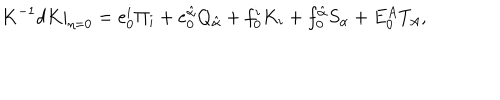
K ^ { - 1 } d K | _ { \eta = 0 } = e _ { 0 } ^ { i } \Pi _ { i } + e _ { 0 } ^ { \hat { \alpha } } Q _ { \hat { \alpha } } + f _ { 0 } ^ { i } K _ { i } + f _ { 0 } ^ { \hat { \alpha } } S _ { \alpha } + E _ { 0 } ^ { A } T _ { A } ,